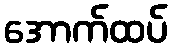
အောက်ထပ်